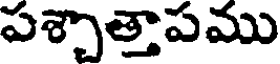
పశ్చాత్తాపము